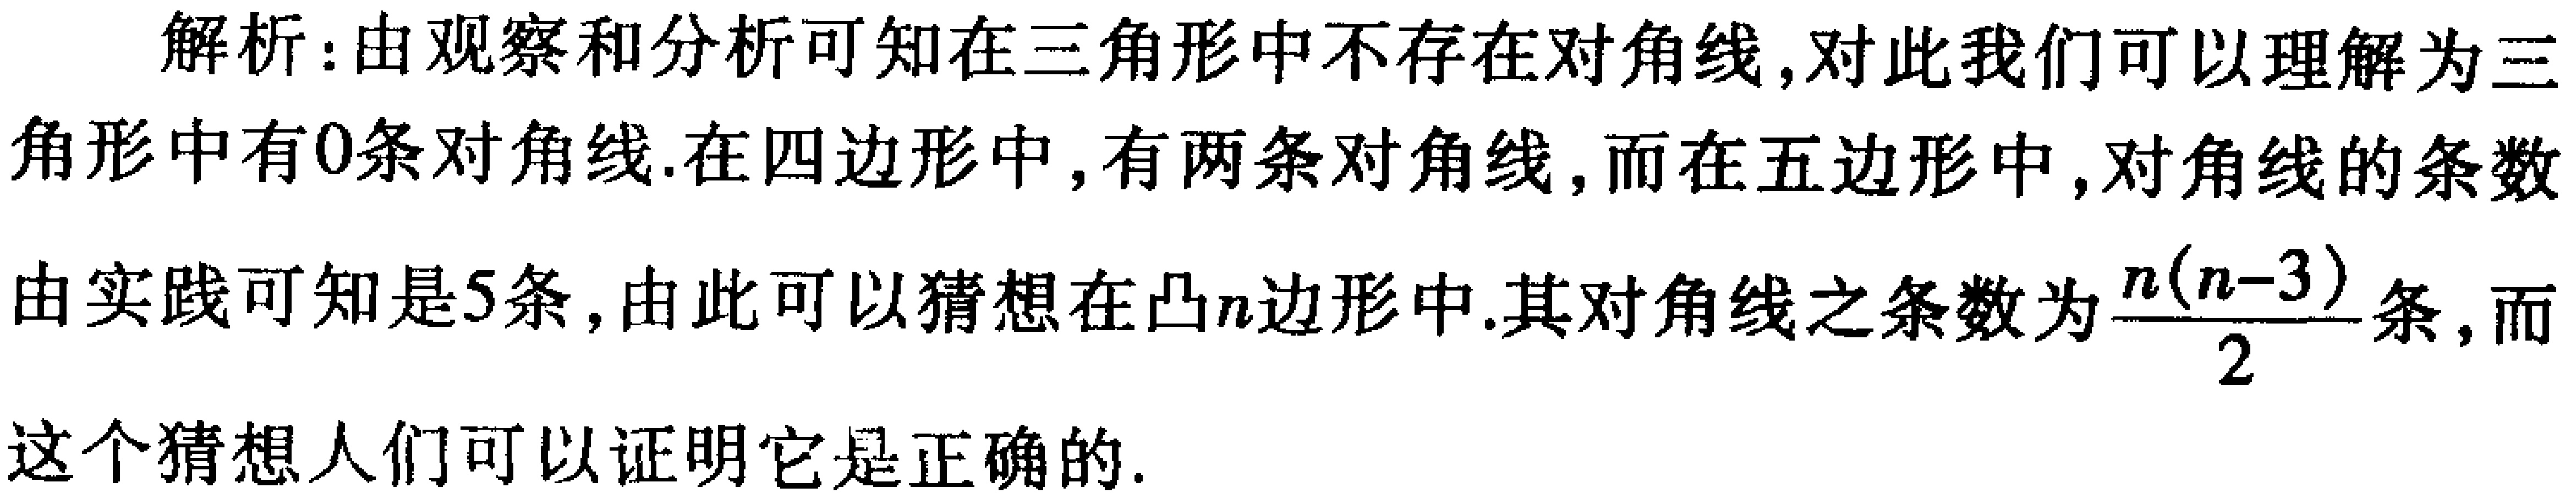
解析：由观察和分析可知在三角形中不存在对角线, 对此我们可以理解为三角形中有\(0\)条对角线. 在四边形中, 有两条对角线, 而在五边形中, 对角线的条数由实践可知是\(5\)条, 由此可以猜想在凸\(n\)边形中.其对角线之条数为\(\frac{n(n - 3)}{2}\)条, 而这个猜想人们可以证明它是正确的.